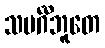
သမင်္ဂီဘူတေ